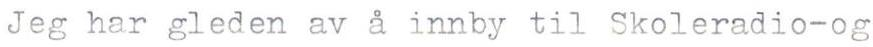
Jeg har gleden av a innby til Skoleradio-og